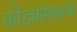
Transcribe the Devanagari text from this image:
कोड्यांमधल्या